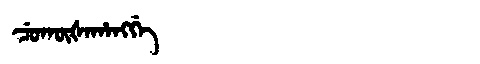
Manchu: ᠴᡠᡴᡡᡧᠠᡥᠠᠩᡤᡝ
Romanization: CUKŪŠAHANGGE